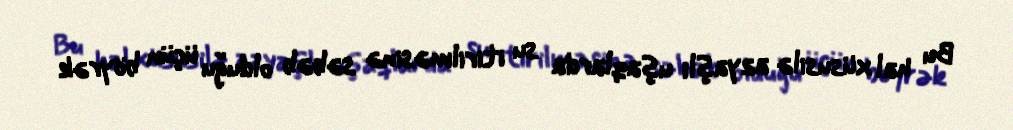
Bu hal xüsusilə azyaşlı uşaqlarda su itirilməsinə səbəb olduğu üçün böyrək